Annual report of the Punjab Veterinary College and of the Civil Veterinary Department, Punjab - 1894-1908
Year: 1894
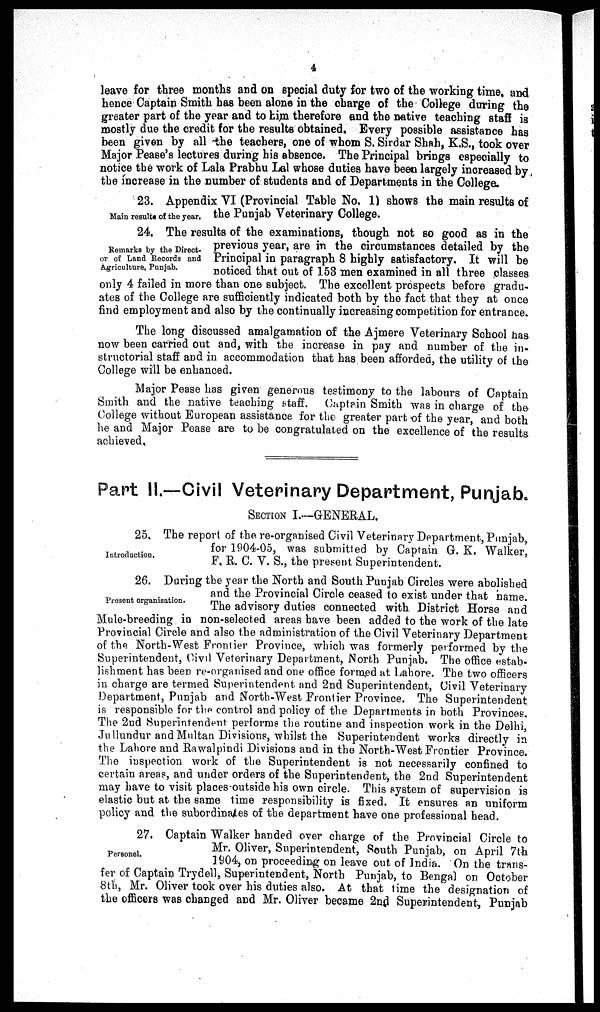
4
leave for three months and on special duty for two of the working time, and
hence Captain Smith has been alone in the charge of the College during the
greater part of the year and to him therefore and the native teaching staff is
mostly due the credit for the results obtained. Every possible assistance has
been given by all the teachers, one of whom S. Sirdar Shah, K.S., took over
Major Pease's lectures during his absence. The Principal brings especially to
notice the work of Lala Prabhu Lal whose duties have been largely increased by
the increase in the number of students and of Departments in the College.
Main results of the year.
23. Appendix VI (Provincial Table No. 1) shows the main results of
the Punjab Veterinary College.
Remarks by the Direct-
or of Land Records and
Agriculture, Punjab.
24, The results of the examinations, though not so good as in the
previous year, are in the circumstances detailed by the
Principal in paragraph 8 highly satisfactory. It will be
noticed that out of 153 men examined in all three classes
only 4 failed in more than one subject. The excellent prospects before gradu-
ates of the College are sufficiently indicated both by the fact that they at once
find employment and also by the continually increasing competition for entrance.
The long discussed amalgamation of the Ajmere Veterinary School has
now been carried out and, with the increase in pay and number of the in-
structorial staff and in accommodation that has been afforded, the utility of the
College will be enhanced.
Major Pease has given generous testimony to the labours of Captain
Smith and the native teaching staff. Captain Smith was in charge of the
College without European assistance for the greater part of the year, and both
he and Major Pease are to be congratulated on the excellence of the results
achieved.
Part II.—Civil Veterinary Department, Punjab.
SECTION I.—GENERAL.
Introduction.
25. The report of the re-organised Civil Veterinary Department, Punjab,
for 1904-05, was submitted by Captain G. K. Walker,
F. R. C. V. S., the present Superintendent.
Present organisation.
26. During the year the North and South Punjab Circles were abolished
and the Provincial Circle ceased to exist under that name.
The advisory duties connected with District Horse and
Mule-breeding in non-selected areas have been added to the work of the late
Provincial Circle and also the administration of the Civil Veterinary Department
of the North-West Frontier Province, which was formerly performed by the
Superintendent, Civil Veterinary Department, North Punjab. The office estab-
lishment has been re-organised and one office formed at Lahore. The two officers
in charge are termed Superintendent and 2nd Superintendent, Civil Veterinary
Department, Punjab and North-West Frontier Province. The Superintendent
is responsible for the control and policy of the Departments in both Provinces.
The 2nd Superintendent performs the routine and inspection work in the Delhi,
Jullundur and Multan Divisions, whilst the Superintendent works directly in
the Lahore and Rawalpindi Divisions and in the North-West Frontier Province.
The inspection work of the Superintendent is not necessarily confined to
certain areas, and under orders of the Superintendent, the 2nd Superintendent
may have to visit places outside his own circle. This system of supervision is
elastic but at the same time responsibility is fixed. It ensures an uniform
policy and the subordinates of the department have one professional head.
Personel.
27. Captain Walker handed over charge of the Provincial Circle to
Mr. Oliver, Superintendent, South Punjab, on April 7th
1904, on proceeding on leave out of India. On the trans-
fer of Captain Trydell, Superintendent, North Punjab, to Bengal on October
8th, Mr. Oliver took over his duties also. At. that time the designation of
the officers was changed and Mr. Oliver became 2nd Superintendent, Punjab